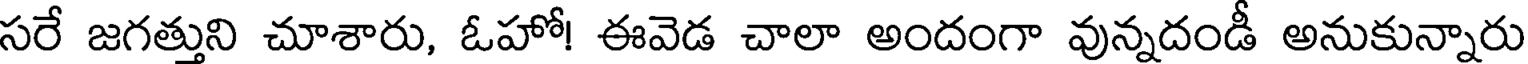
సరే జగత్తుని చూశారు, ఓహో! ఈవెడ చాలా అందంగా వున్నదండీ అనుకున్నారు